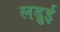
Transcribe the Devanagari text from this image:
लड़ुई